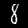
Digit: 8